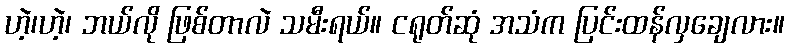
ဟဲ့၊ဟဲ့၊ ဘယ်လို ဖြစ်တာလဲ သမီးရယ်။ ငရုတ်ဆုံ အသံက ပြင်းထန်လှချေလား။